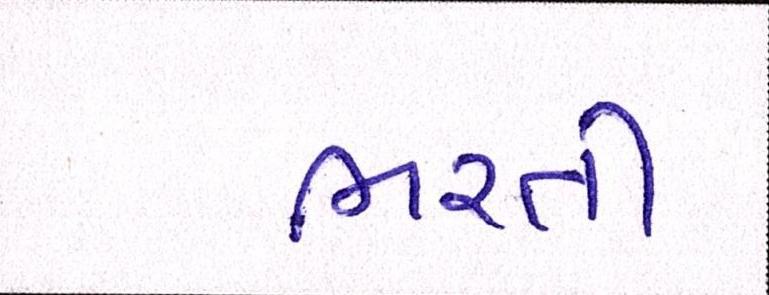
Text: ભરતી